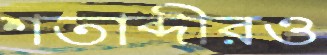
শতাব্দীরও